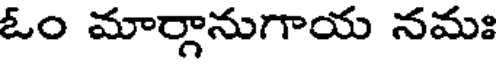
ఓం మార్గానుగాయ నమః